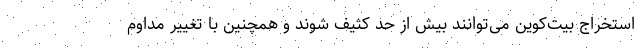
استخراج بیت‌کوین می‌توانند بیش از حد کثیف شوند و همچنین با تغییر مداوم